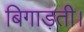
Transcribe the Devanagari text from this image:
बिगाड़ती।